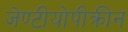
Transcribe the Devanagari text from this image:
जेण्टीयोपीक्रीन